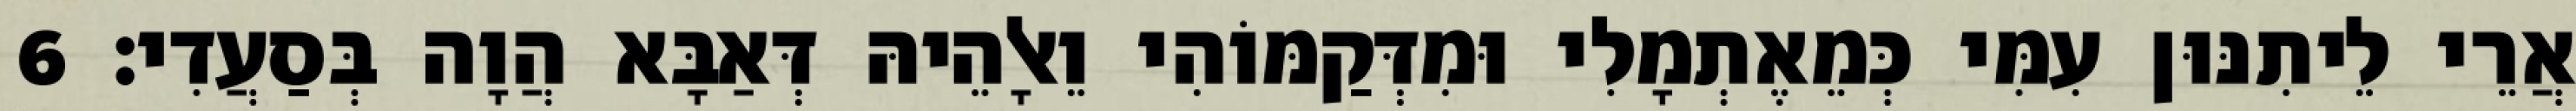
אֲרֵי לֵיתִנּוּן עִמִּי כְּמֵאֶתְמָלִי וּמִדְּקַמּוֹהִי וֵאלָהֵיהּ דְּאַבָּא הֲוָה בְּסַעֲדִי׃ 6